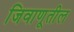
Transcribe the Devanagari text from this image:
जिवाणूतील